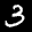
Label: 3